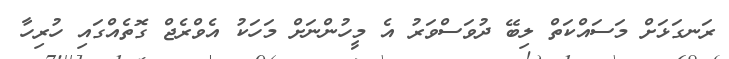
ރަނގަޅަށް މަސައްކަތް ލިބޭ ދުވަސްވަރު އެ މީހުންނަށް މަހަކު އެވްރެޖް ގޮތެއްގައި ހުރިހާ